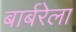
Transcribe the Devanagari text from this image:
बार्बरेला